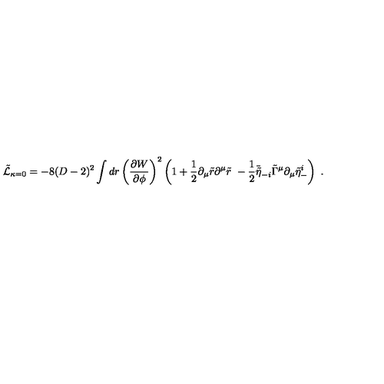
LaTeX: \tilde { \cal L } _ { \kappa = 0 } = - 8 ( D - 2 ) ^ { 2 } \int d r \left( { \frac { \partial W } { \partial \phi } } \right) ^ { 2 } \left( 1 + { \frac { 1 } { 2 } } \partial _ { \mu } \tilde { r } \partial ^ { \mu } \tilde { r } \ - { \frac { 1 } { 2 } } \bar { \tilde { \eta } } _ { - i } \tilde { \Gamma } ^ { \mu } \partial _ { \mu } \tilde { \eta } _ { - } ^ { i } \right) \ .